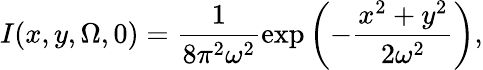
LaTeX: I(x,y,\Omega,0)=\frac{1}{8\pi^{2}\omega^{2}}\exp\left(-\frac{x^{2}+y^{2}}{2\omega^{2}}\right),